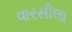
વારસીલા